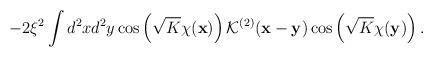
LaTeX: \begin{align*}-2\xi^2\int d^2xd^2y\cos\left(\sqrt{K}\chi({\bf x})\right){\mathcal K}^{(2)}({\bf x}-{\bf y})\cos\left(\sqrt{K}\chi({\bf y})\right).\end{align*}